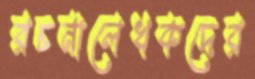
রচনালেখকদের